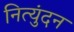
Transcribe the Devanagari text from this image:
नित्युंदन